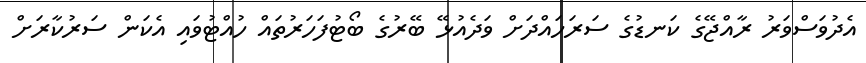
އެދުވަސްވަރު ރާއްޖޭގެ ކަނޑުގެ ސަރަހައްދަށް ވަދެއުޅޭ ބޭރުގެ ބޯޓުފަހަރުތައް ހުއްޓުވައި އެކަން ސަރުކާރަށް